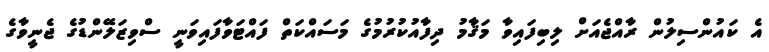
އެ ކައުންސިލުން ރާއްޖެއަށް ލިބިފައިވާ މަޤާމު ދިފާއުކުރުމުގެ މަސައްކަތް ފައްޓަވާފައިވަނީ ސްވިޒަލޭންޑުގެ ޖެނީވާގެ